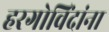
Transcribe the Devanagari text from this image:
हरगोविंदांना